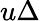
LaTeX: u\Delta